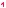
Text: 1